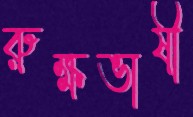
রুক্ষভাষী